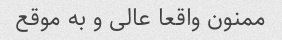
ممنون واقعا عالی و به موقع